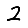
Digit: 2